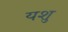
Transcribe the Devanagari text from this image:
यशु